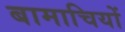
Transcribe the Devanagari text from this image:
बामाचियों